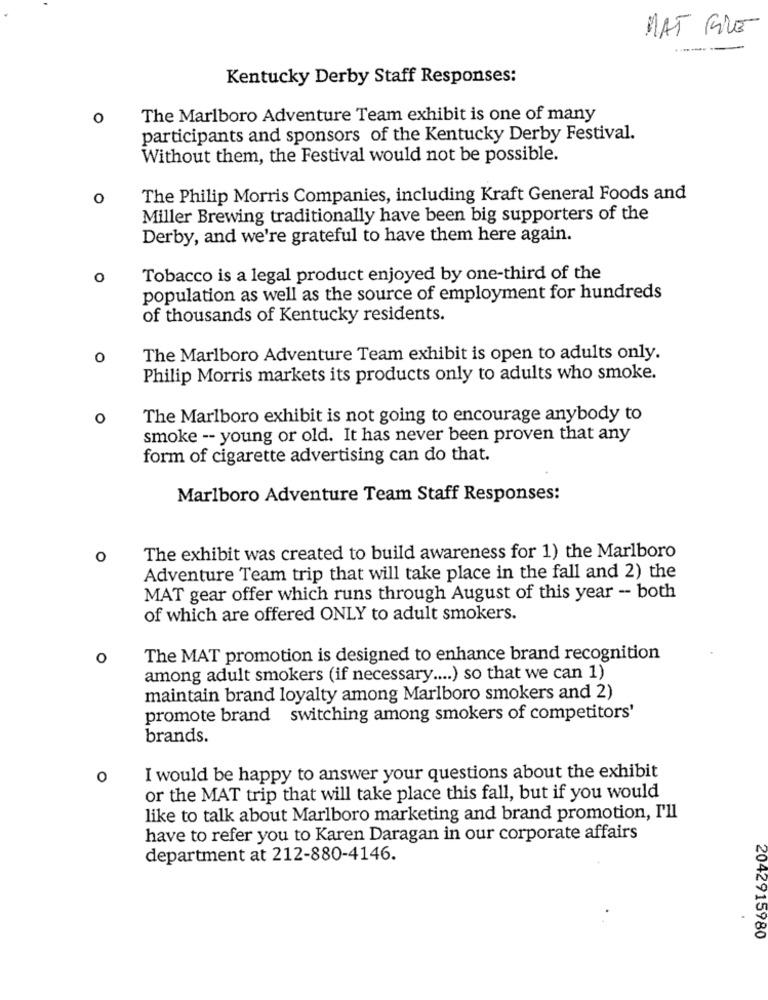
MAT FILE
Kentucky Derby Staff Responses:
0
The Marlboro Adventure Team exhibit is one of many
participants and sponsors of the Kentucky Derby Festival.
Without them, the Festival would not be possible.
o
The Philip Morris Companies, including Kraft General Foods and
Miller Brewing traditionally have been big supporters of the
Derby, and we're grateful to have them here again.
o
Tobacco is a legal product enjoyed by one-third of the
population as well as the source of employment for hundreds
of thousands of Kentucky residents.
0
The Marlboro Adventure Team exhibit is open to adults only.
Philip Morris markets its products only to adults who smoke.
O
The Marlboro exhibit is not going to encourage anybody to
smoke -- young or old. It has never been proven that any
form of cigarette advertising can do that.
Marlboro Adventure Team Staff Responses:
o
The exhibit was created to build awareness for 1) the Marlboro
Adventure Team trip that will take place in the fall and 2) the
MAT gear offer which runs through August of this year - both
of which are offered ONLY to adult smokers.
o
The MAT promotion is designed to enhance brand recognition
among adult smokers (if necessary .... ) so that we can 1)
maintain brand loyalty among Marlboro smokers and 2)
promote brand switching among smokers of competitors'
brands.
O
I would be happy to answer your questions about the exhibit
or the MAT trip that will take place this fall, but if you would
like to talk about Marlboro marketing and brand promotion, I'll
have to refer you to Karen Daragan in our corporate affairs
department at 212-880-4146.
2042915980